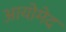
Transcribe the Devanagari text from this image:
आयोमेद